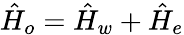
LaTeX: \hat{H}_{o}=\hat{H}_{w}+\hat{H}_{e}